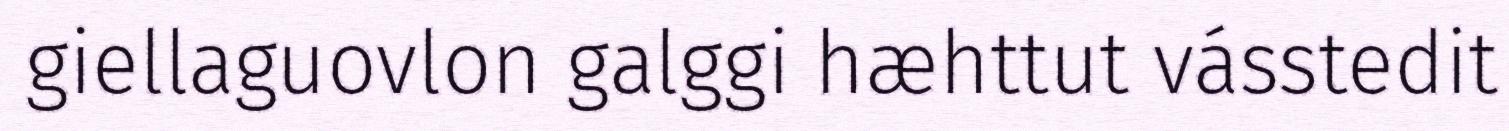
giellaguovlon galggi hæhttut vásstedit